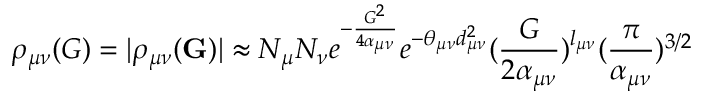
\rho _ { \mu \nu } ( G ) = | \rho _ { \mu \nu } ( \mathbf { G } ) | \approx N _ { \mu } N _ { \nu } e ^ { - \frac { G ^ { 2 } } { 4 \alpha _ { \mu \nu } } } e ^ { - \theta _ { \mu \nu } d _ { \mu \nu } ^ { 2 } } ( \frac { G } { 2 \alpha _ { \mu \nu } } ) ^ { l _ { \mu \nu } } ( \frac { \pi } { \alpha _ { \mu \nu } } ) ^ { 3 / 2 }